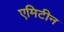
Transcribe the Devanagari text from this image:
एमिटीन